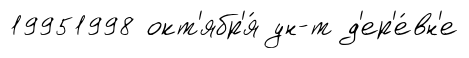
19951998 окт'ябр'я́ ун-т д'ер'е́вн'е